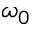
\omega _ { 0 }